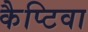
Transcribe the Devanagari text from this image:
कैप्टिवा